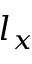
l _ { x }